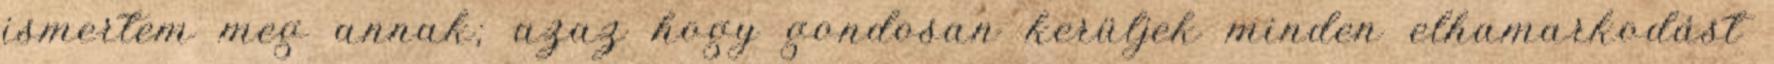
ismertem meg annak; azaz hogy gondosan kerüljek minden elhamarkodást